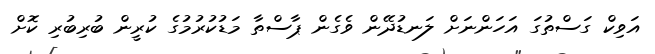
އަވިކް ގަސްތުގަ އަހަންނަށް ލަނޑުދޭން ވެގެން ޕާސްތާ މަޑުކުރުމުގެ ކުރީން ބުރިބުރި ކޮށް